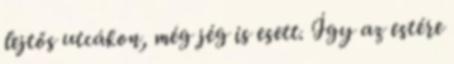
lejtős utcákon, még jég is esett. Így az estére